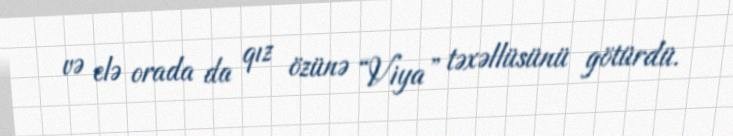
və elə orada da qız özünə “Viya” təxəllüsünü götürdü.